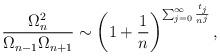
LaTeX: \begin{align*}\frac{\Omega _{n}^{2}}{\Omega _{n-1}\Omega _{n+1}}\sim \left( 1+\frac{1}{n}\right) ^{\sum_{j=0}^{\infty }\frac{t_{j}}{n^{j}}}, \end{align*}